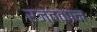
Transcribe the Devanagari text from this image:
रजतकान